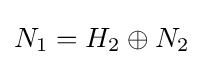
N_{1}=H_{2}\oplus N_{2}